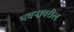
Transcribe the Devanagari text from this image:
भवनावरील